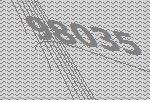
98035